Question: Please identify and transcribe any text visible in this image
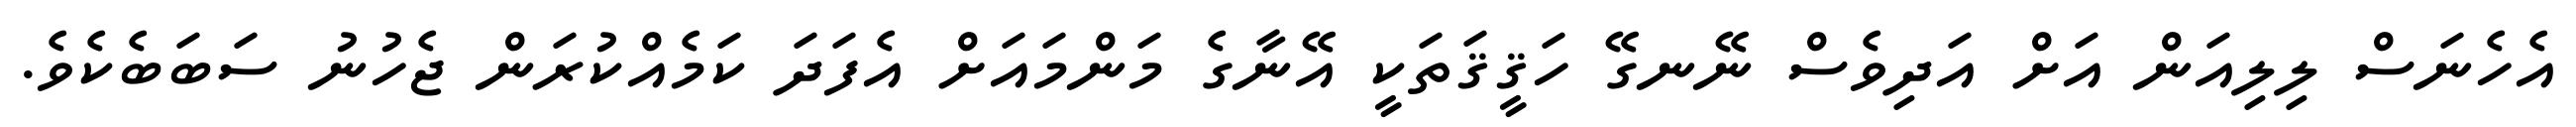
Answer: އެހެނަސް ލިލިއަން އަށް އަދިވެސް ނޭނގޭ ހަޤީޤަތަކީ އޭނާގެ މަންމައަށް އެފަދަ ކަމެއްކުރަން ޖެހުނު ސަބަބެކެވެ.